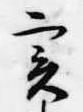
実